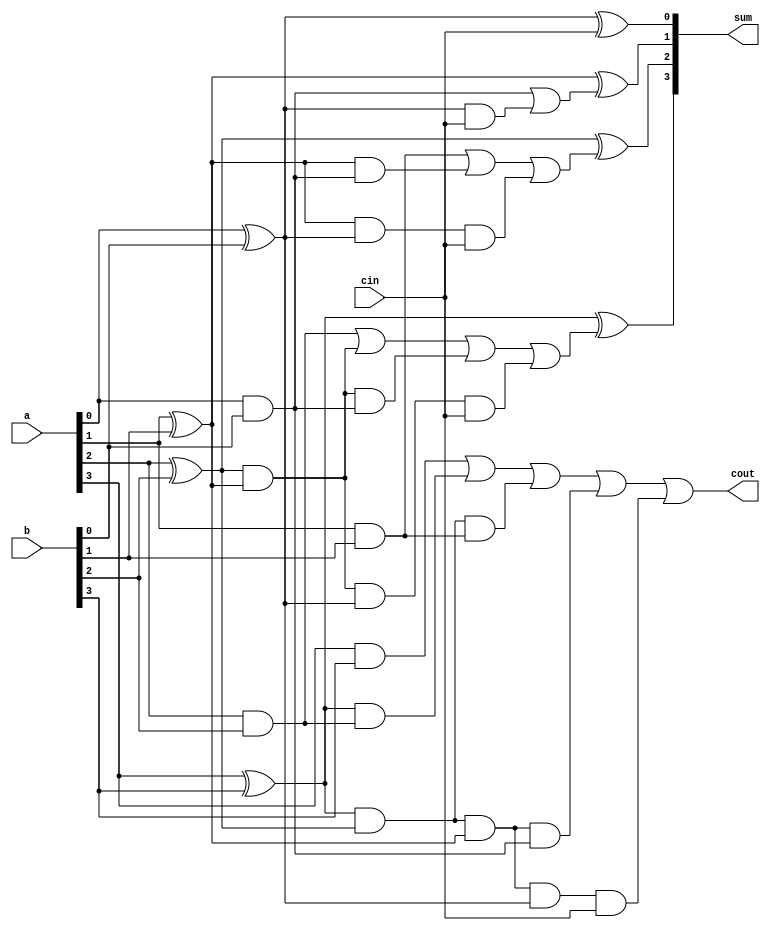
// 4 bit Full Adder with Carry Lookahead

module FA(sum, cout, a, b, cin);
    output [3:0] sum;
    output cout;

    input [3:0] a,b;
    input cin;

    wire p0,p1,p2,p3, g0,g1,g2,g3;
    wire c1,c2,c3,c4;

    assign
        p0 = a[0] ^ b[0],
        p1 = a[1] ^ b[1],
        p2 = a[2] ^ b[2],
        p3 = a[3] ^ b[3];

    assign
        g0 = a[0] & b[0],
        g1 = a[1] & b[1],
        g2 = a[2] & b[2],
        g3 = a[3] & b[3];

    assign
        c1 = g0 | (p0 & cin),
        c2 = g1 | (p1 & g0) | (p1 & p0 & cin),
        c3 = g2 | (p2 & p1) | (p2 & p1 & g0) | (p2 & p1 & p0 & cin),
        c4 = g3 | (p3 & g2) | (p3 & p2 & g1) | (p3 & p2 & p1 & g0) | (p3 & p2 & p1 & p0 & cin);

    assign sum[0] = p0 ^ cin,
        sum[1] = p1 ^ c1,
        sum[2] = p2 ^ c2,
        sum[3] = p3 ^ c3;

    assign cout = c4;

endmodule